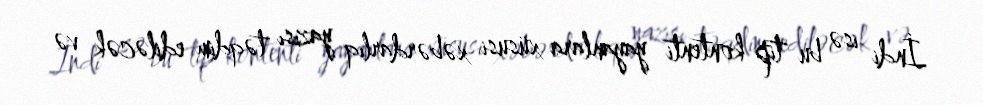
İndi isə bu tip kontenti yayanlara xüsusi xəbərdarlıq yazısı təqdim ediləcək və